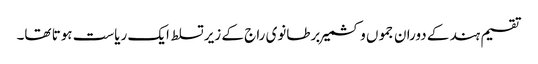
تقسیم ہند کے دوران جموں و کشمیر برطانوی راج کے زیر تسلط ایک ریاست ہوتا تھا۔